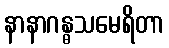
နာနာဂန္ဓသမေရိတာ